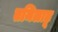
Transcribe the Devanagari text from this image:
तमिलाडू